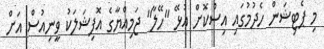
މި ޕެޓިޝަން ހެދުމުގައި އިސްކޮށް އުޅޭ "ހޭލާ" ޖަމިއްޔާގެ އޮފިޝަލަކު ވީނިއުސް އަށް